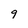
Character: 9